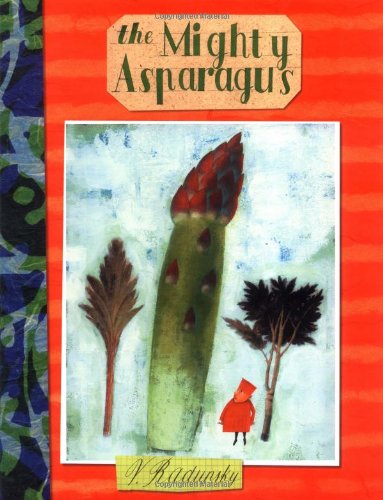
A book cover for The Mighty Asparagus (New York Times Best Illustrated Children's Books (Awards)); Vladimir Radunsky; Children's Books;